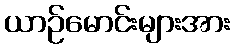
ယာဉ်မောင်းများအား